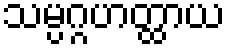
သမ္ပဂ္ဂဟတ္ထာယ